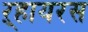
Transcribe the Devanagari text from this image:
ऱ्हायरस